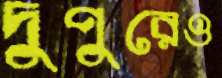
দুপুরেও